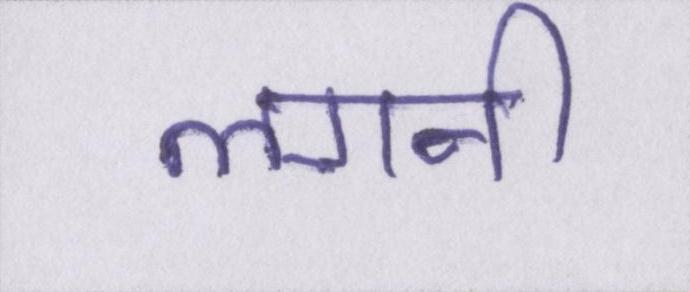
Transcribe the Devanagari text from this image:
लगनी